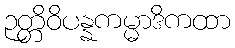
ဉတ္တိဝိပန္နကမ္မာဒိကထာ